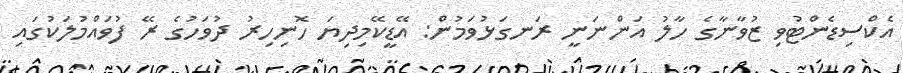
އެކްސިޑެންޓުވި ޒުވާނާގެ ހާލު އަންނަނީ ރަނގަޅުވަމުން: އޭޑީކޭމިދިޔަ ހޮނިހިރު ދުވަހުގެ ރޭ ފުވައްމުލަކުގައި